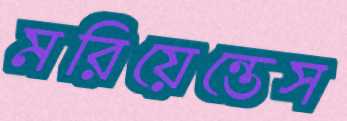
মরিয়েন্তেস